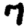
Digit: 7